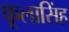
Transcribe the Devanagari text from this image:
फूलासिंह